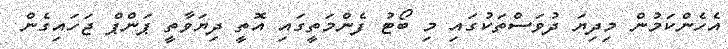
އެހެންކަމުން މިދިޔަ ދުވަސްތަކުގައި މި ބޯޓު ފެންމަތީގައި އޮތީ ދިޔަވާތީ ޕަންޕް ޖަހައިގެން